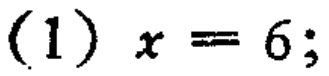
(1) \(x = 6;\)